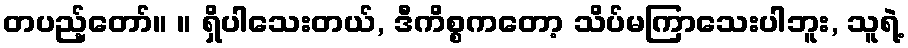
တပည့်တော်။ ။ ရှိပါသေးတယ်, ဒီကိစ္စကတော့ သိပ်မကြာသေးပါဘူး, သူရဲ့